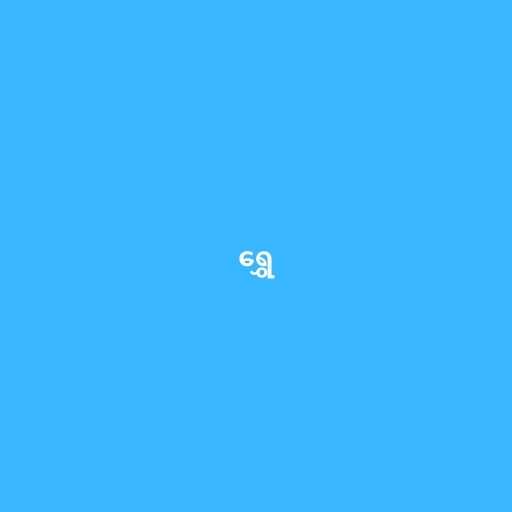
ရွှေ